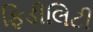
ફિડીલિટી